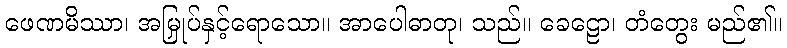
ဖေဏမိဿာ၊ အမြှုပ်နှင့်ရောသော။ အာပေါဓာတု၊ သည်။ ခေဠော၊ တံတွေး မည်၏။